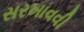
સરખાવવી